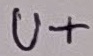
Text: U+